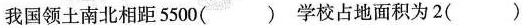
我国领土南北相距5500() 学校占地面积为2()